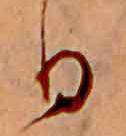
日